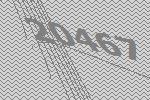
20467